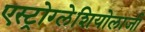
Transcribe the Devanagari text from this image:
एस्ट्रोग्लेशियोलाजी